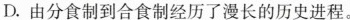
D.由分食制到合食制经历了漫长的历史进程。